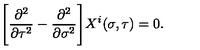
\Biggl [ \frac { \partial ^ { 2 } } { \partial \tau ^ { 2 } } - \frac { \partial ^ { 2 } } { \partial \sigma ^ { 2 } } \Biggr ] X ^ { i } ( \sigma , \tau ) = 0 .